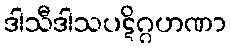
ဒါသီဒါသပဋိဂ္ဂဟဏာ